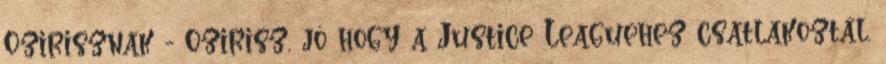
Ozirisznak - Ozirisz, jó hogy a Justice Leaguehez csatlakoztál.